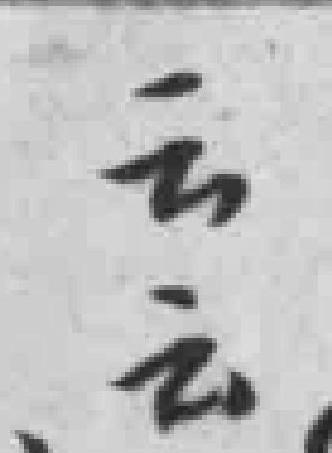
云云